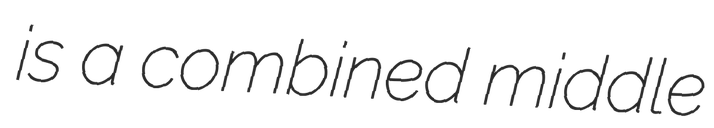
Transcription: is a combined middle